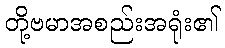
တို့ဗမာအစည်းအရုံး၏